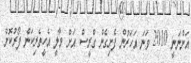
އަންނަނީ 2010 ވަނަ އަހަރުން ފެށިގެން ގްރީސް އަށް މާލީ އެހީތެރިކަން ފޯރުކޮށް